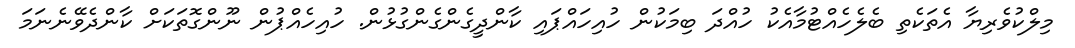
މިލްކުވެރިޔާ އެތަކެތި ބެލެހެއްޓުމާއެކު ހުއްދަ ބިމަކުން ހުއިހައްޕައި ކާންދީގެންގެންގުޅުން. ހުއިހެއްޕުން ނޫންގޮތަކަށް ކާންދެވޭނެނަމަ